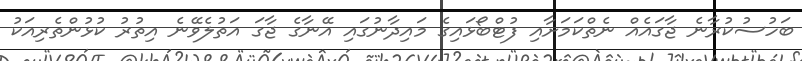
ބަހުސުކުރާނެ ޖާގައެއް ނެތްކަމަށާއި ފުޓްބޯޅައިގެ މައިދާނުގައި އޭނާގެ ޖާގަ އަތުލެވޭނެ އިތުރު ކުޅުންތެރިއަކު